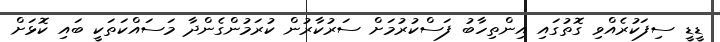
ޑީޑީ ސިފަކުރެއްވި ގޮތުގައި އިންތިހާބު ފަސްކުރުމަށް ސަރުކާރުން ކުރަމުންގެންދާ މަސައްކަތަކީ ބައި ކޮޅަށް